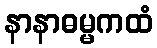
နာနာဓမ္မကထံ